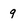
Character: 9